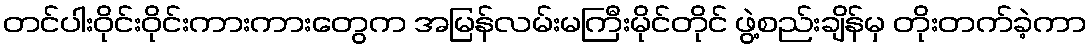
တင်ပါးဝိုင်းဝိုင်းကားကားတွေက အမြန်လမ်းမကြီးမိုင်တိုင် ဖွဲ့စည်းချိန်မှ တိုးတက်ခဲ့ကာ